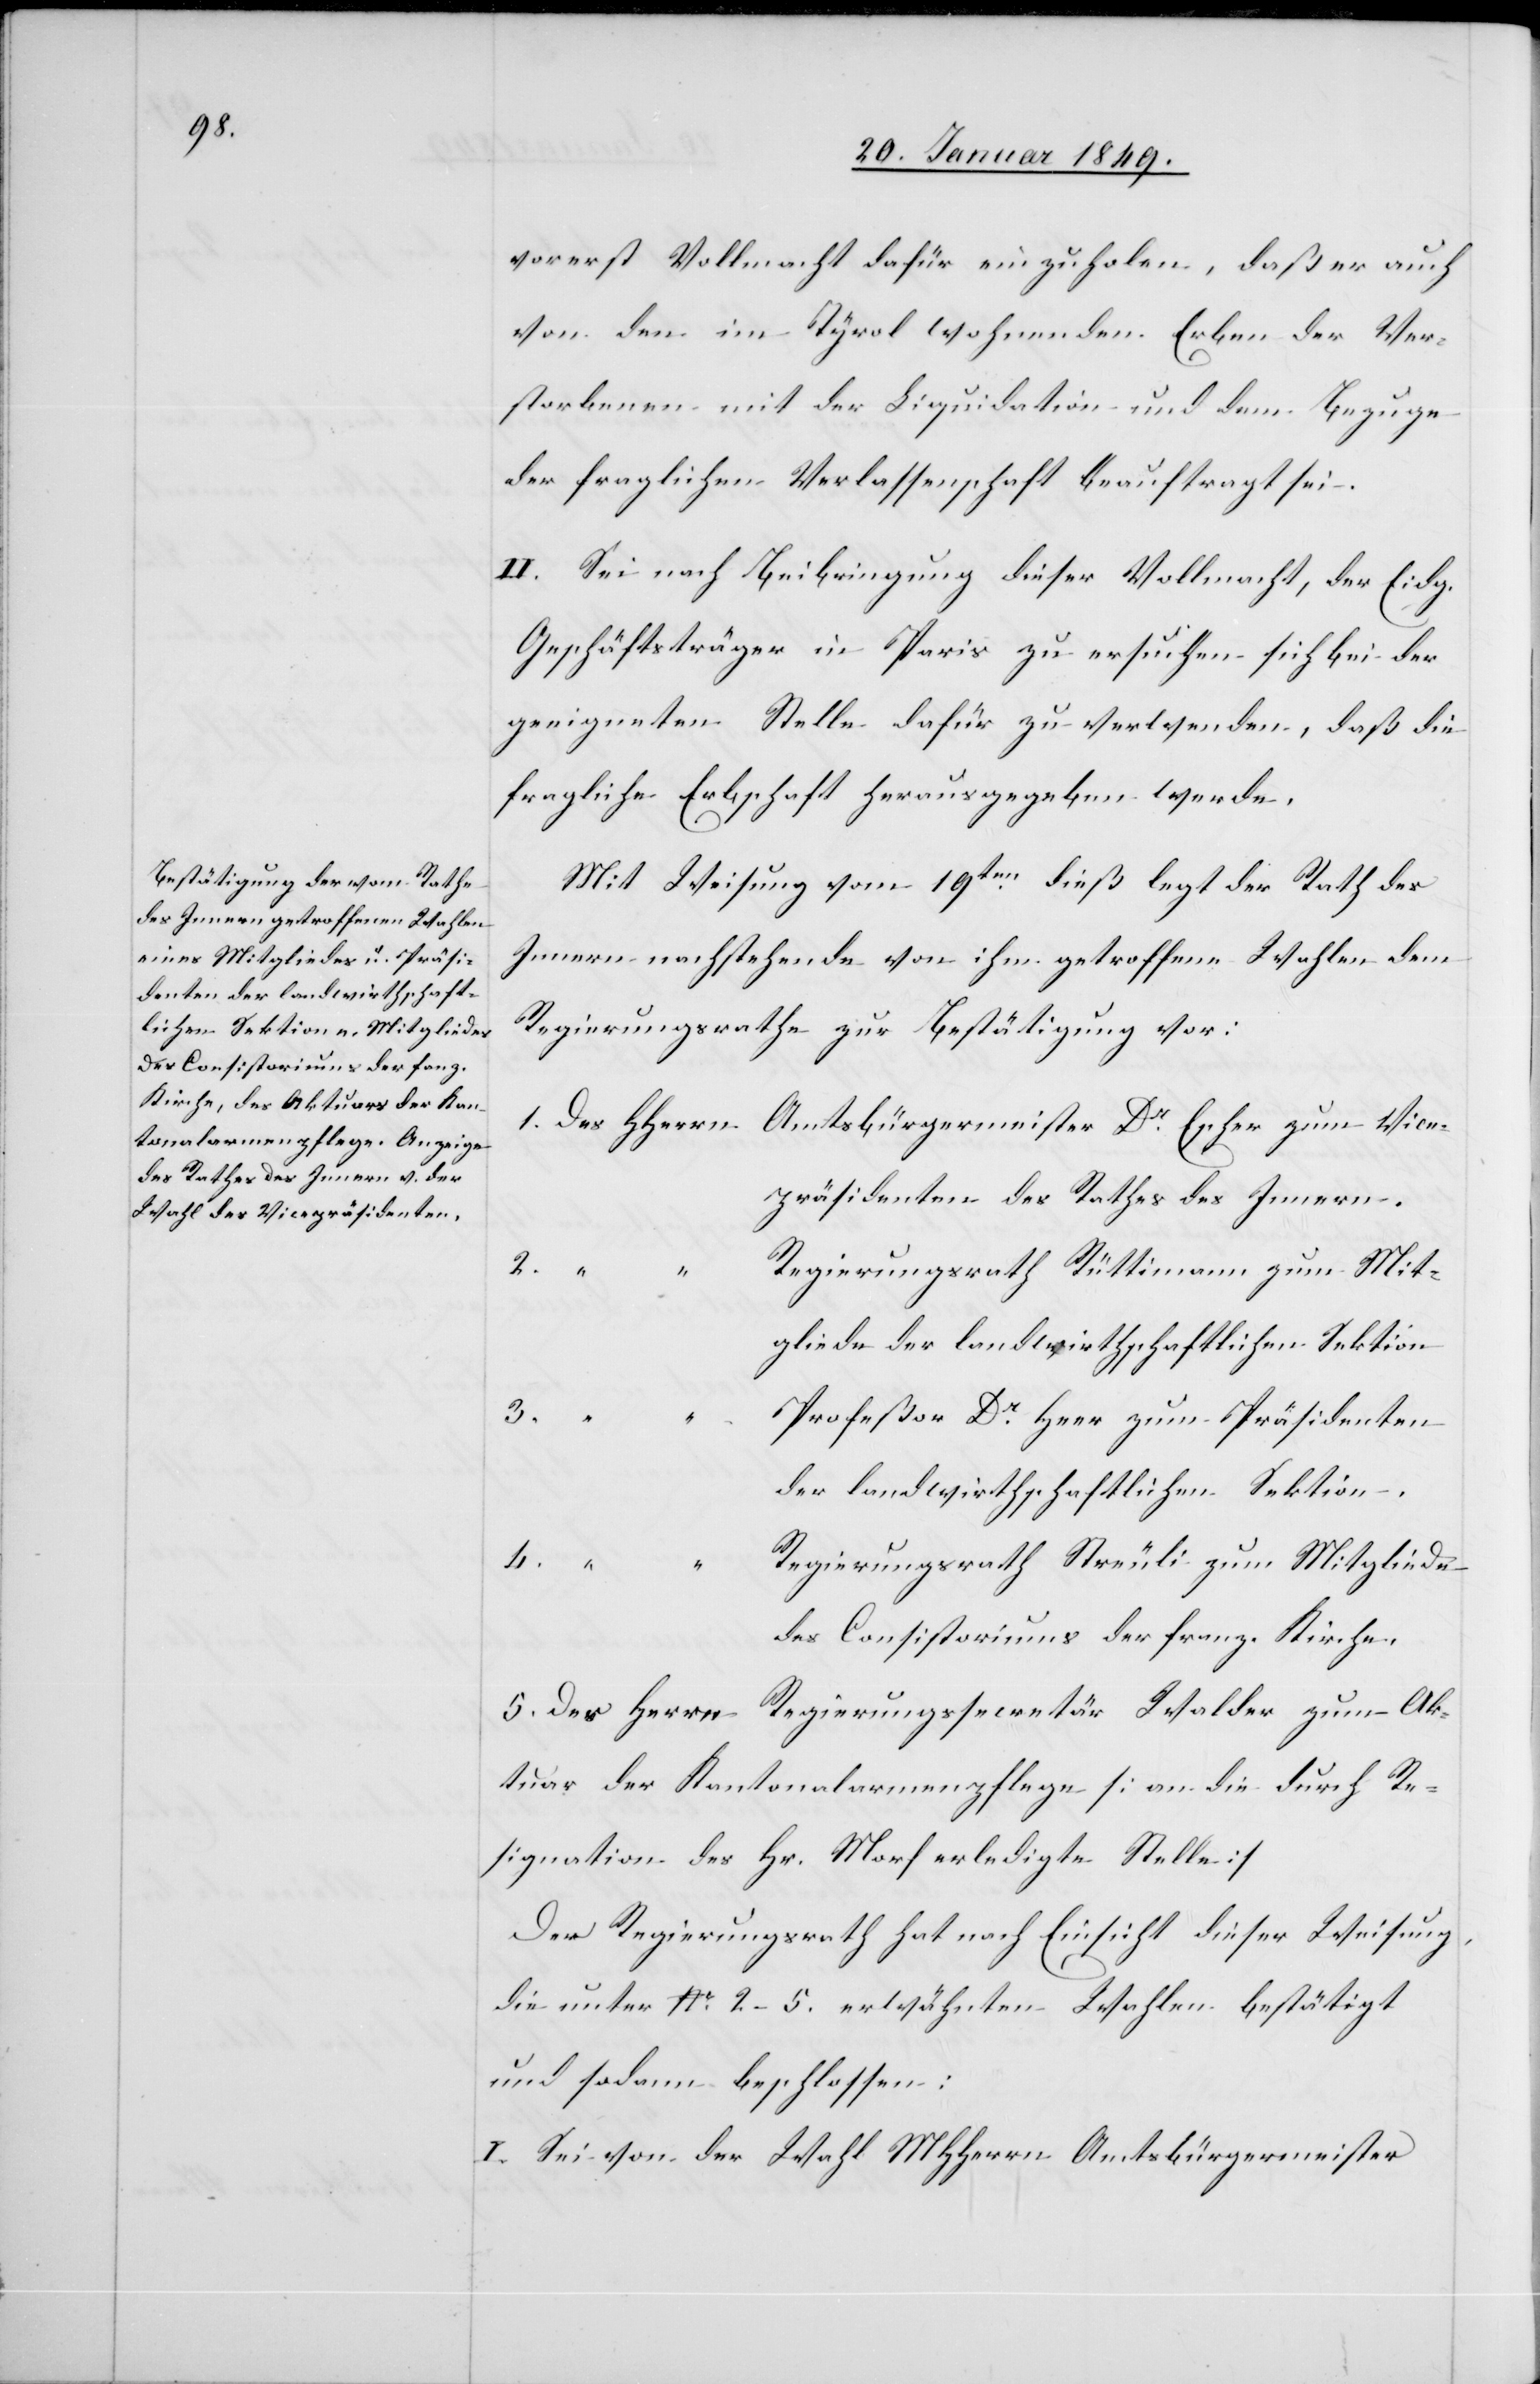
vorerst Vollmacht dafür einzuholen, daß er auch
von den im Tyrol wohnenden Erben der Ver¬
storbenen mit der Liquidation und dem Bezuge
der fraglichen Verlassenschaft beauftragt sei.
II. Sei nach Beibringung dieser Vollmacht, der Eidg.
Geschäftsträger in Paris zu ersuchen sich bei der
geeigneten Stelle dafür zu verwenden, daß die
fragliche Erbschaft herausgegeben werde.
Mit Weisung vom 19ten dieß legt der Rath des
Innern nachstehende von ihm getroffene Wahlen dem
Regierungsrathe zur Bestätigung vor:
1. Des HHerrn	Amtsbürgermeister Dr. Escher zum Vice¬
präsidenten des Rathes des Innern,
2.
“
“		Regierungsrath Rüttimann zum Mit¬
gliede der landwirthschaftlichen Sektion
3.
“		Profeßor Dr. Heer zum Präsidenten
der landwirthschaftlichen Sektion,
4.
“		Regierungsrath Streuli zum Mitgliede
des Consistoriums der franz. Kirche,
5. Des Herrn	Regierungssecretär Walder zum Ak¬
tuar der Kantonalarmenpflege [an die durch Re¬
signation des Hr. Morf erledigte Stelle]
Der Regierungsrath hat nach Einsicht dieser Weisung
die unter Nr. 2–5. erwähnten Wahlen bestätigt
und sodann beschlossen:
I. Sei von der Wahl MHHerrn Amtsbürgermeister